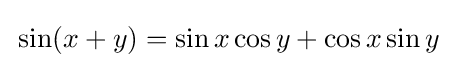
\,\sin(x+y)=\sin x\cos y+\cos x\sin y